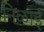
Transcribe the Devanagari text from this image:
निळाई